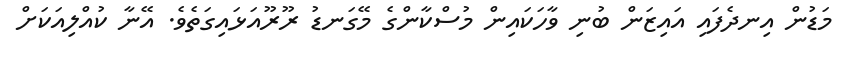
މަޑުން އިނދެފައި އައިޒަން ބުނި ވާހަކައިން މުސްކާންގެ މޭގަނޑު ރޫރޫއަޅައިގަތެވެ. އޭނާ ކުއްލިއަކަށް